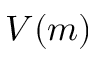
V ( m )